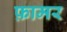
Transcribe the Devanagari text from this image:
फ़ामर